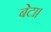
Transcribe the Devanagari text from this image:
बेटा।